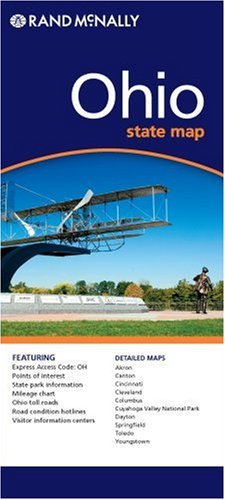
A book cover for Ohio (Rand McNally Folded Map: States); Rand McNally; Travel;